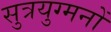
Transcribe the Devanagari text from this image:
सुत्रयुग्मनों